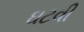
ઘટવી